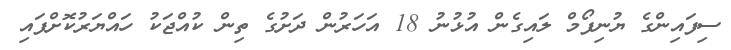
ސިފައިންގެ ޔުނިފޯމް ލައިގެން އުޅުނު 18 އަހަރުން ދަށުގެ ތިން ކުއްޖަކު ހައްޔަރުކޮށްފައި